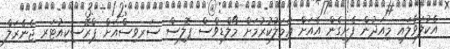
އެކުލަވާލައި މިއަދުން ފެށިގެން އެއަށް ޢަމަލުކުރުމަށް މޯލްޑިވްސް ޕޮލިސް ސަރވިސްއަށް ޕްރޮސިކިއުޓަރ ޖެނެރަލް